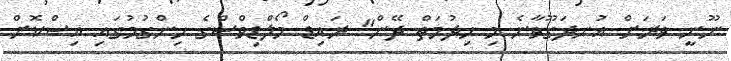
ނޫނީ ވަރަށް އުނދަގޫވާނެ މި ހިދުމަތް ދޭން" ރައިޑް މޯލްޑިވްސްގެ ހިންގުމުގައި އިސްކޮށް